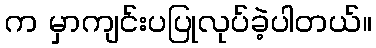
က မှာကျင်းပပြုလုပ်ခဲ့ပါတယ်။